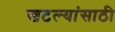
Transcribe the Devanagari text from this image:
खटल्यांसाठी